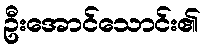
ဦးအောင်သောင်း၏